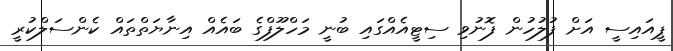
ޕީއައިސީ އަށް ފުލުހުން ފޮނުވި ސިޓީއެއްގައި ބުނީ މަހްލޫފްގެ ބައެއްް އިނާޔަތްތައް ކެންސަލްކުރީ